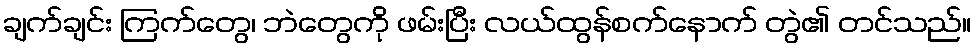
ချက်ချင်း ကြက်တွေ၊ ဘဲတွေကို ဖမ်းပြီး လယ်ထွန်စက်နောက် တွဲ၏ တင်သည်။